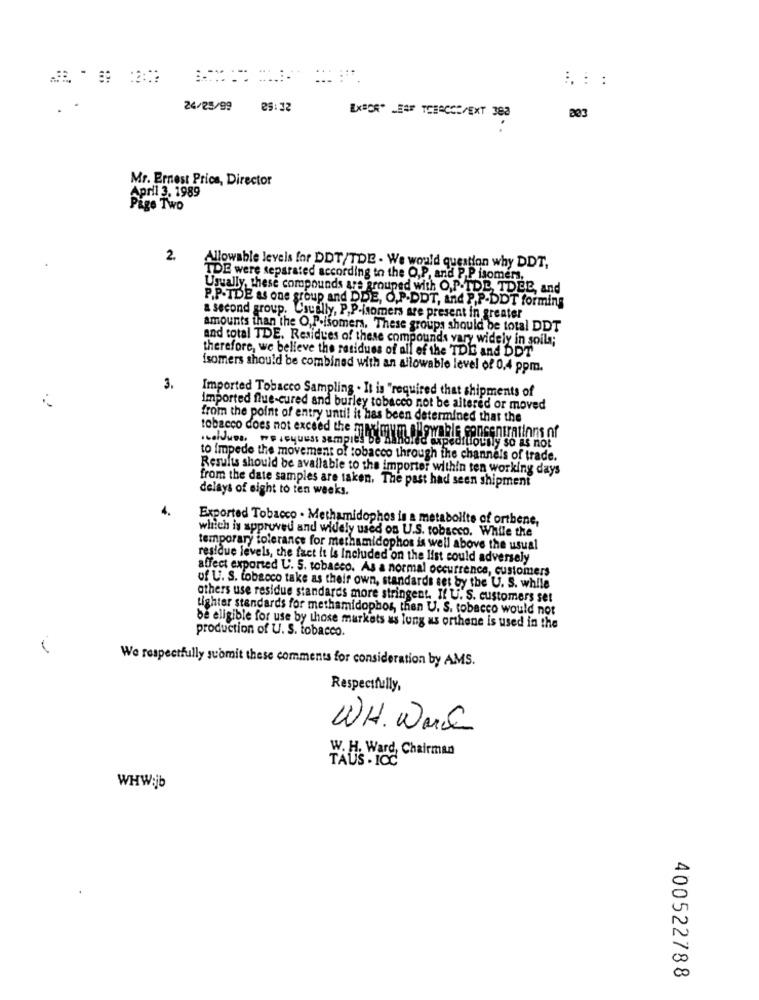
**.
..
24/25/99
es: 32
EXBOR. LEOF TOBACCO/EXT 382
Mr. Ernest Price, Director
April 3. 1989
Pige Two
2.
Allowable levels for DDT/TDE - We would question why DDT,
TDE were separated according to the O,P, and P.P isomers,
Usually, these compounds are grouped with O,P.TDE, TDBB, and
P.P-TDE as one group and DDE, O.P.DDT, And P,P-DDT forming
a second group. Usually, P.P-isomers are present in greater
amounts than the O.P.isomers. These groups should be total DDT
and total TDE. Residues of these compounds vary widely in soils;
therefore, we believe the residues of all of the TDIG and DDT
isomers should be combined with an allowable level of 0,4 ppm.
3.
Imported Tobacco Sampling . It is "required that shipments of
Imported flue-cured and burley tobacco not be altered or moved
from the point of entry until it has been determined that the
tobacco does not exceed the melhorde akpdandounly so as not
to impede the movement of tobacco through the channels of trade.
Results should be available to the importer within ten working days
from the date samples are taken. The past had seen shipment
delays of eight to ten weeks.
4.
Exported Tobacco . Methamidophos is a metabolite of ortbene,
which is approved and widely used os U.S. tobacco. While the
temporary tolerance for methamidophos is well above the usual
residue levels, the fact it is included on the list could adversely
affect exported U. S. tobacco. As a normal occurrence, customers
of U. S. tobacco take as their own, standards set by the U. S. while
others use residue standards more stringent. If U. S. customers set
Lighter standards for methamidophos, then U. S. tobacco would not
be eligible for use by those markets as long as orthene is used in the
production of U. S. tobacco.
We respectfully suomit these comments for consideration by AMS.
Respectfully,
WH. Work
W. H. Ward, Chairman
TAUS . ICC
WHW:jb
400522788